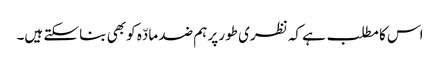
اس کا مطلب ہے کہ نظری طور پر ہم ضد مادّہ کو بھی بنا سکتے ہیں۔